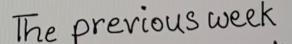
The previous week